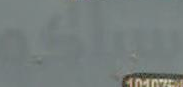
سيراكو